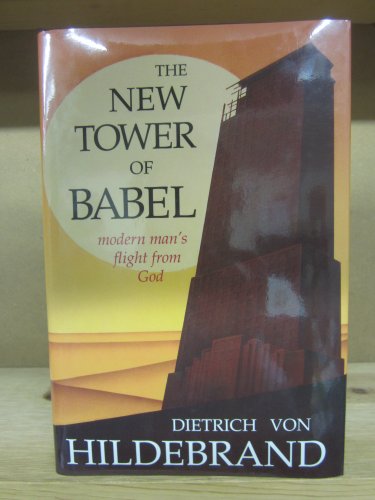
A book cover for The New Tower of Babel: Modern Man's Flight from God; Dietrich Von Hildebrand; Christian Books & Bibles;